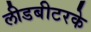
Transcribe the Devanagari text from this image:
लीडबीटरके